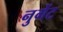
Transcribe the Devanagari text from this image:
नुगेंट